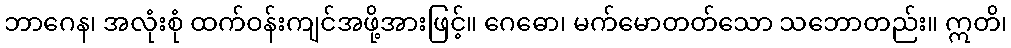
ဘာဂေန၊ အလုံးစုံ ထက်ဝန်းကျင်အဖို့အားဖြင့်။ ဂေဓော၊ မက်မောတတ်သော သဘောတည်း။ ဣတိ၊